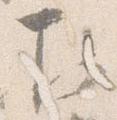
下